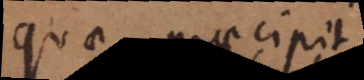
quae praecipit